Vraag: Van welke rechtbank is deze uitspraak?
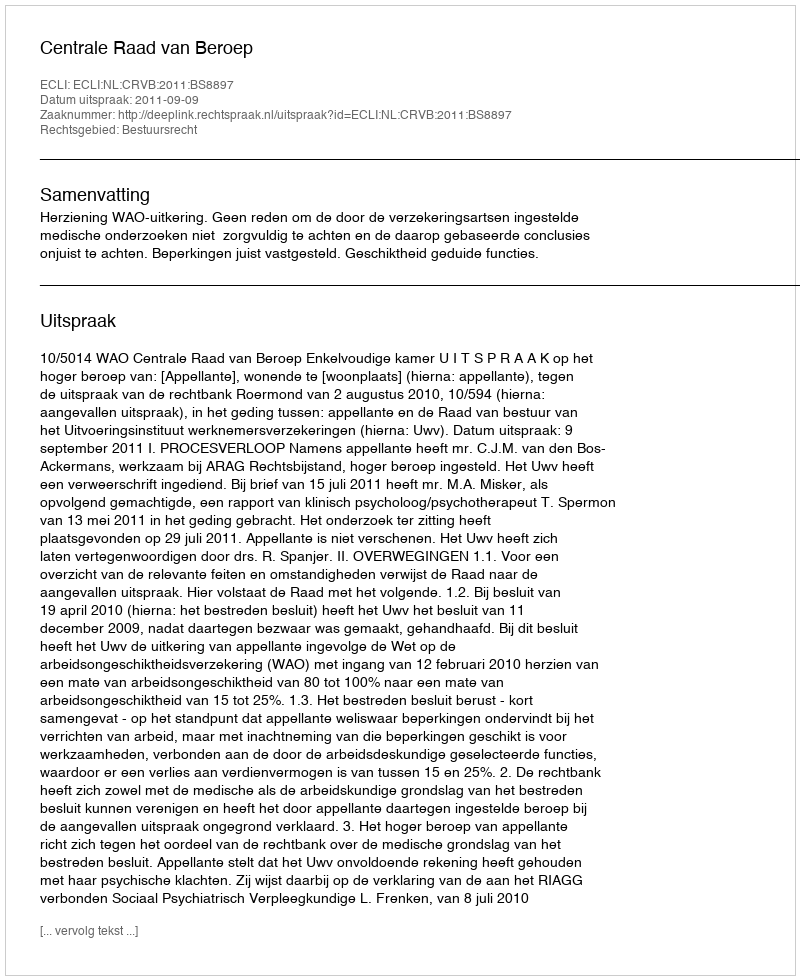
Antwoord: Centrale Raad van Beroep